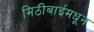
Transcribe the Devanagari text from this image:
मिठीबाईमधून